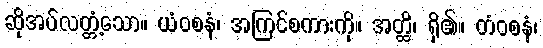
ဆိုအပ်လတ္တံ့သော။ ယံဝစနံ၊ အကြင်စကားကို။ အတ္ထိ၊ ရှိ၏။ တံဝစနံ၊